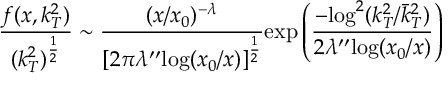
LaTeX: \frac { f ( x , k _ { T } ^ { 2 } ) } { ( k _ { T } ^ { 2 } ) ^ { \frac { 1 } { 2 } } } \sim \frac { ( x / x _ { 0 } ) ^ { - \lambda } } { [ 2 \pi \lambda ^ { \prime \prime } \mathrm { l o g } ( x _ { 0 } / x ) ] ^ { \frac { 1 } { 2 } } } \mathrm { e x p } \left( \frac { - \mathrm { l o g } ^ { 2 } ( k _ { T } ^ { 2 } / \bar { k } _ { T } ^ { 2 } ) } { 2 \lambda ^ { \prime \prime } \mathrm { l o g } ( x _ { 0 } / x ) } \right)